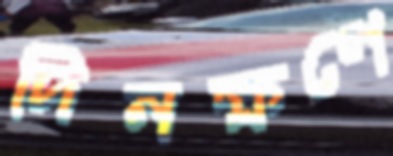
দিনক্ষণে